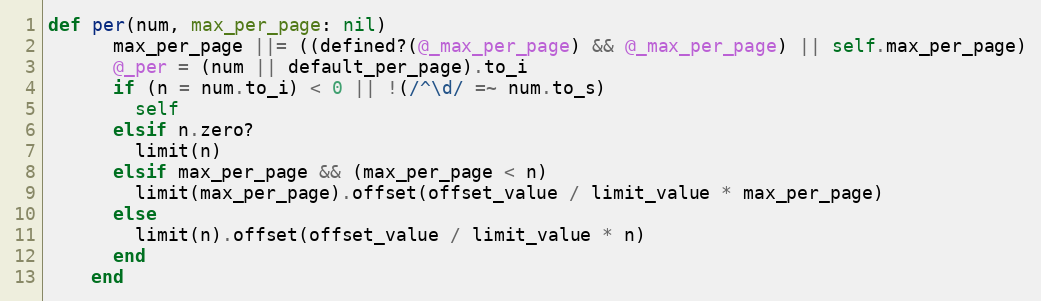
Language: Ruby
def per(num, max_per_page: nil)
      max_per_page ||= ((defined?(@_max_per_page) && @_max_per_page) || self.max_per_page)
      @_per = (num || default_per_page).to_i
      if (n = num.to_i) < 0 || !(/^\d/ =~ num.to_s)
        self
      elsif n.zero?
        limit(n)
      elsif max_per_page && (max_per_page < n)
        limit(max_per_page).offset(offset_value / limit_value * max_per_page)
      else
        limit(n).offset(offset_value / limit_value * n)
      end
    end